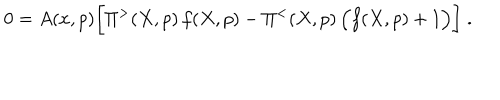
LaTeX: 0 = A ( x , p ) \bigg [ \Pi ^ { > } ( X , p ) \, f ( X , p ) - \Pi ^ { < } ( X , p ) \, \Big ( f ( X , p ) + 1 \Big ) \bigg ] \; .